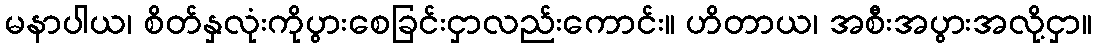
မနာပါယ၊ စိတ်နှလုံးကိုပွားစေခြင်းငှာလည်းကောင်း။ ဟိတာယ၊ အစီးအပွားအလို့ငှာ။